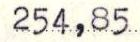
254,85